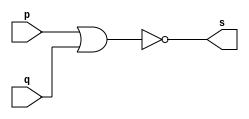
// -------------------------
// Exercicio02 - NOR
// Nome: damo Ludwig
// -------------------------
// -------------------------
// -- NNOR gate
// -------------------------
module NORgate ( output s,
                         input  p, q);
assign s = (~(p | q));
endmodule // NORgate
// ---------------------
// -- test NOR gate
// ---------------------
module testNORgate;
// ------------------------- dados locais
   reg   a, b; // definir registradores
wire  s;    // definir conexao (fio)
// ------------------------- instancia
   NORgate NOR1 (s, a, b);
// ------------------------- preparacao
   initial begin:start
                   // atribuicao simultanea
// dos valores iniciais
      a=0; b=0;
   end
// ------------------------- parte principal
   initial begin
         $display("Exercicio02 - Adamo Ludwig - 473319");
         $display("Test NOR gate");
$display("\na & b = s\n");
           a=0; b=0;
  #1   $display("%b & %b = %b", a, b, s);
           a=0; b=1;
  #1   $display("%b & %b = %b", a, b, s);
           a=1; b=0;
  #1   $display("%b & %b = %b", a, b, s);
           a=1; b=1;
  #1   $display("%b & %b = %b", a, b, s);
end
endmodule // testNORgate